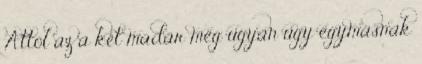
Attól az a két madár még ugyan úgy egymásnak